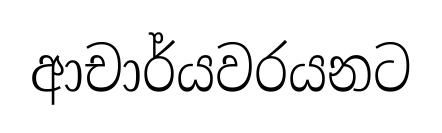
ආචාර්යවරයනට